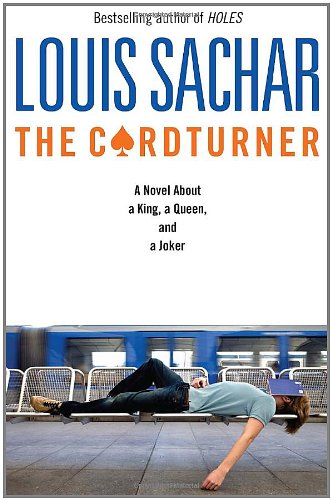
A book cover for The Cardturner; Louis Sachar; Teen & Young Adult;